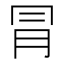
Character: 冐